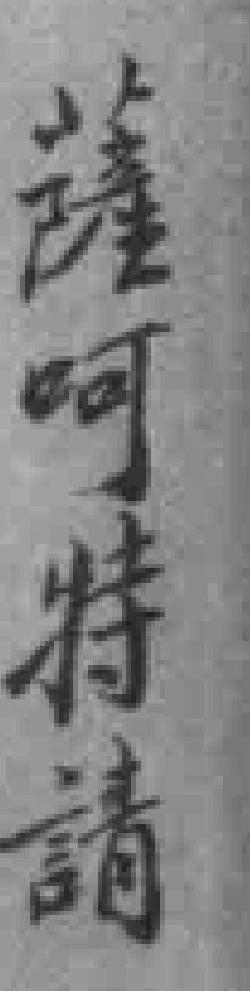
薩呵特請